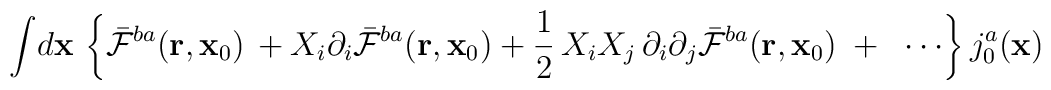
{\int}d{\bf x}\,\left\{{\bar {\cal F}}^{ba}({\bf r},{\bf x}_0)\,+X_i\partial_i{\bar {\cal F}}^{ba}({\bf r},{\bf x}_0)+\frac{1}{2}\,X_iX_j\,\partial_i\partial_j{\bar {\cal F}}^{ba}({\bf r},{\bf x}_0)\;+\;\;\cdots\right\}{j}_0^a({\bf x})